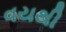
વયથી